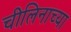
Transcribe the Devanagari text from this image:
चीलिनाच्या